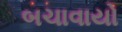
બચાવાયો